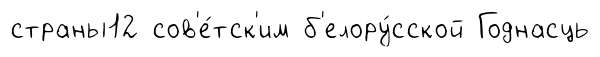
страны12 сов'е́тск'им б'елору́сской Годнасць